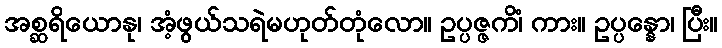
အစ္ဆရိယောနု၊ အံ့ဖွယ်သရဲမဟုတ်တုံလော။ ဥပ္ပဇ္ဇကိံ၊ ကား။ ဥပ္ပန္နော၊ ပြီး။